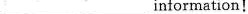
___ ___information!